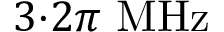
3 { \cdot } 2 \pi \ \mathrm { M H z }